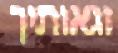
וגאותיך